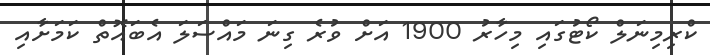
ކްރިމިނަލް ކޯޓުގައި މިހާރު 1900 އަށް ވުރެ ގިނަ މައްސަލަ އެބައޮތް ކަމަށާއި